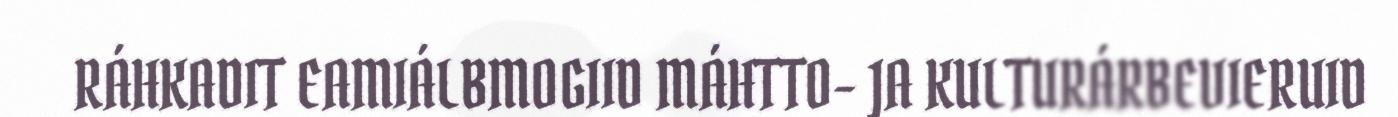
RÁHKADIT EAMIÁLBMOGIID MÁHTTO- JA KULTURÁRBEVIERUID